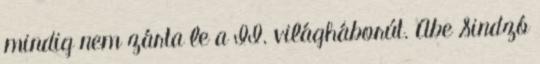
mindig nem zárta le a II. világháborút. Abe Sindzó